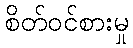
စိတ်ဝင်စားမှု